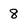
Character: 8